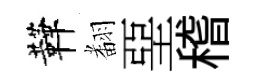
鞾𮋒堊稽